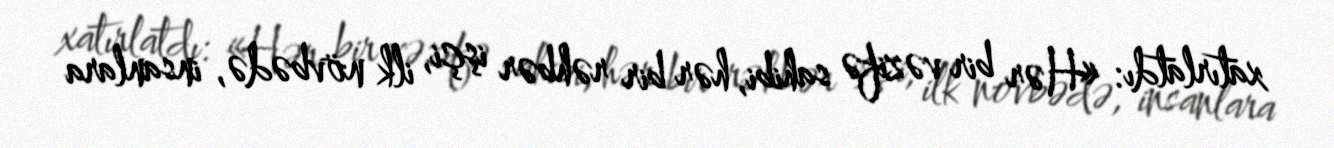
xatırlatdı: «Hər bir vəzifə sahibi, hər bir rəhbər işçi, ilk növbədə, insanlara